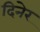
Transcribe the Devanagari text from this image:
दिनेर